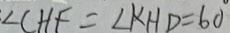
\angle C H F = \angle K H D = 6 0